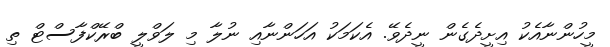
މީހުންނާއެކު އިށީދެގެން ނީދެވޭ. އެކަމަކު އަހަންނާއި ނުލާ މި ލަވްލީ ބްރޭކްފާސްޓް ތި